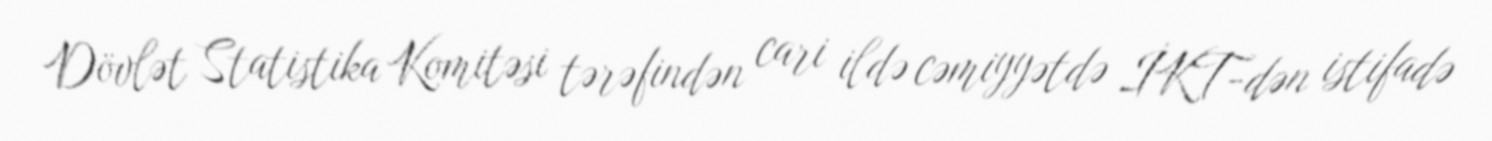
Dövlət Statistika Komitəsi tərəfindən cari ildə cəmiyyətdə İKT-dən istifadə